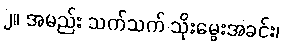
၂။ အမည်း သက်သက် သိုးမွေးအခင်း၊